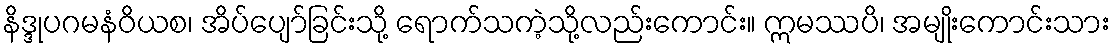
နိဒ္ဒုပဂမနံဝိယစ၊ အိပ်ပျော်ခြင်းသို့ ရောက်သကဲ့သို့လည်းကောင်း။ ဣမဿပိ၊ အမျိုးကောင်းသား